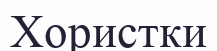
Хористки